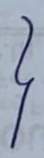
}